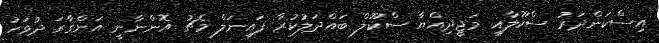
އިސްކަންދަރު ސްކޫލާއި މަޖީދިއްޔާ ސްކޫލް ބައްދަލުކުރާ ފައިނަލް މެޗު އޮންނާނީ އަންގާރަ ދުވަހު